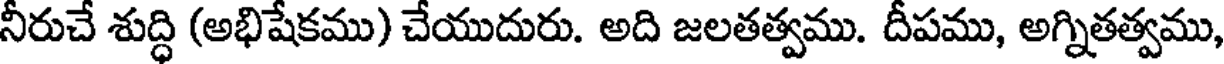
నీరుచే శుద్ధి (అభిషేకము) చేయుదురు. అది జలతత్వము. దీపము, అగ్నితత్వము,